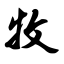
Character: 牧